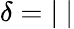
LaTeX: \delta=|\ |